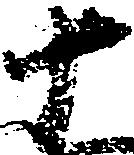
十